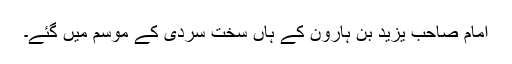
امام صاحب یزید بن ہارون کے ہاں سخت سردی کے موسم میں گئے۔